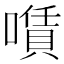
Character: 𠿹